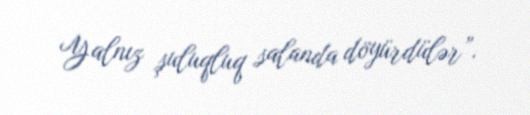
Yalnız şuluqluq salanda döyürdülər”.